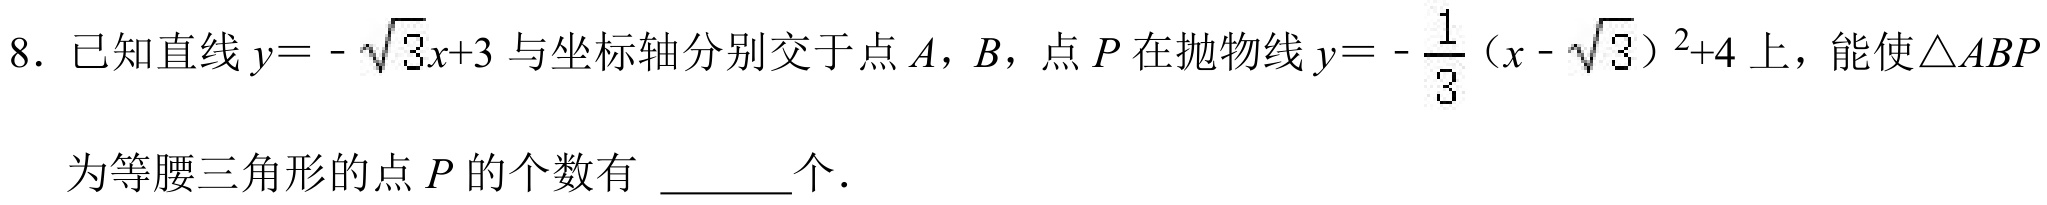
8. 已知直线\(y = -\sqrt{3}x + 3\)与坐标轴分别交于点\(A\)，\(B\)，点\(P\)在抛物线\(y = -\frac{1}{3}(x - \sqrt{3})^{2}+4\)上，能使\(\triangle ABP\)为等腰三角形的点\(P\)的个数有 \(\underline{\quad\quad}\)个．